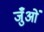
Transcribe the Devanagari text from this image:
जुँओं